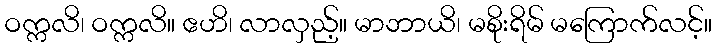
ဝက္ကလိ၊ ဝက္ကလိ။ ဧဟိ၊ လာလှည့်။ မာဘာယိ၊ မစိုးရိမ် မကြောက်လင့်။